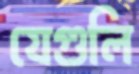
যেগুলি